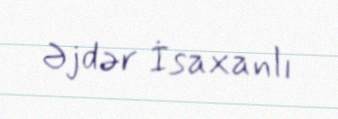
Əjdər İsaxanlı